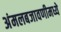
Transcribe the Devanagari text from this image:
अंमलबजावणीमध्ये